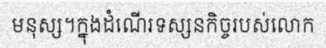
មនុស្ស។ក្នុងដំណើរទស្សនកិច្ចរបស់លោក